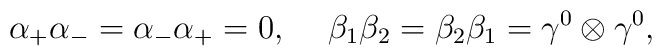
{\alpha}_{+} {\alpha}_{-} = {\alpha}_{-} {\alpha}_{+} =0,\hspace{5 mm}{\beta}_1 {\beta}_2 = {\beta}_2 {\beta}_1 ={\gamma}^0 \otimes {\gamma}^0,